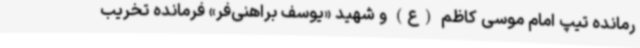
رمانده تیپ امام موسی کاظم (ع) و شهید «یوسف براهنی‌فر» فرمانده تخریب